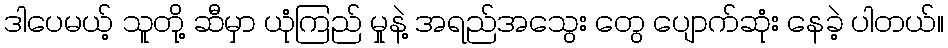
ဒါပေမယ့် သူတို့ ဆီမှာ ယုံကြည် မှုနဲ့ အရည်အသွေး တွေ ပျောက်ဆုံး နေခဲ့ ပါတယ်။